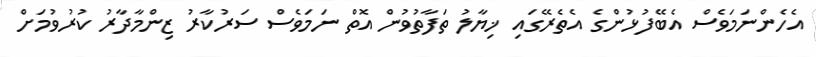
އެހެންނަމަވެސް އެބޭފުޅުންގެ އެތެރޭގައި ޚިޔާލު ތަފާތުވުން އޮތް ނަމަވެސް ސަރުކާރު ޒިންމާދާރު ކުރުވުމަށް